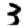
Digit: 3